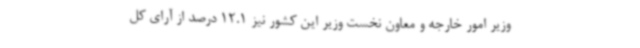
وزیر امور خارجه و معاون نخست وزیر این کشور نیز 12.1 درصد از آرای کل